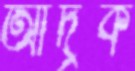
আদ্রক